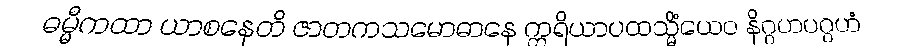
ဓမ္မီကထာ ယာစနေတိ ဇာတကသမောဓာနေ ဣရိယာပထသ္မိံယေဝ နိဂ္ဂဟပဂ္ဂဟံ